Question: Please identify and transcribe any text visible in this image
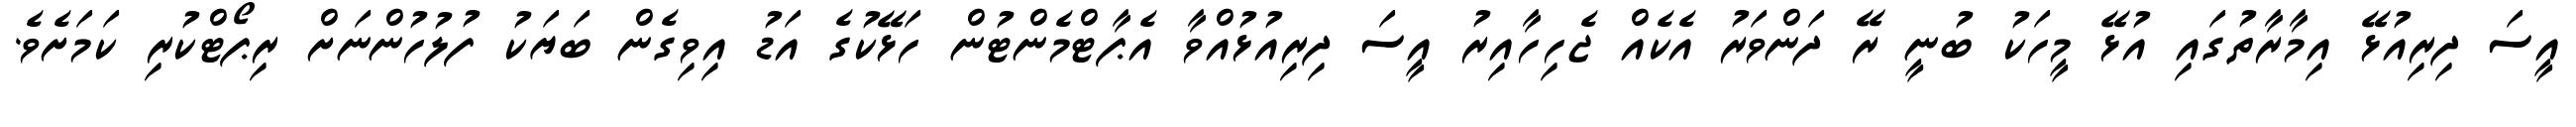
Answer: އީސަ ދިރިއުޅޭ އިމާރާތުގައި އުޅޭ މީހަކު ބުނީ ރޭ ދަންވަރު އެކެއް ޖެހިހާއިރު އީސަ ދިރިއުޅުއްވާ އެޕާޓްމެންޓުން ހަޅޭކުގެ އަޑު އިވިގެން ބަޔަކު ފުލުހުންނަށް ރިޕޯޓްކުރި ކަމަށެވެ.